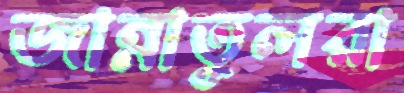
জান্নাতুলরা